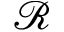
\mathcal { R }